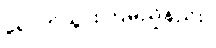
ရောက်သွားကြမည်နည်း။